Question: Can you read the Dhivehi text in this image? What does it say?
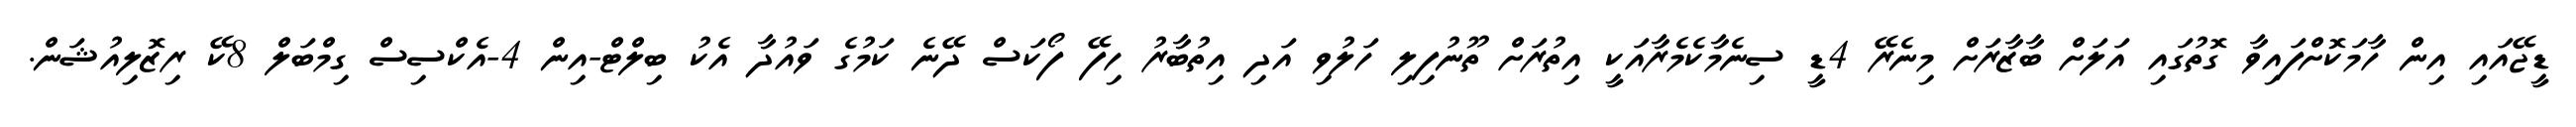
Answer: ޑީޖޭއައި އިން ހާމަކޮށްފައިވާ ގޮތުގައި އަލަށް ބާޒާރަށް މިނެރޭ 4ޑީ ސިނެމާކެމެރާއަކީ އިތުރަށް ތޫނުފިލި ހަލުވި އަދި އިތުބާރު ހިފޭ ފޯކަސް ދޭނެ ކަމުގެ ވައުދާ އެކު ބިލްޓް-އިން 4-އެކްސިސް ގިމްބަލް 8ކޭ ރިޒޮލިއުޝަން.